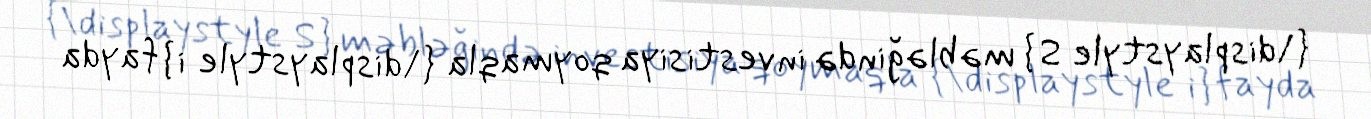
{\displaystyle S} məbləğində investisiya qoymaqla {\displaystyle i} fayda